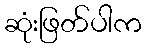
ဆုံးဖြတ်ပါက